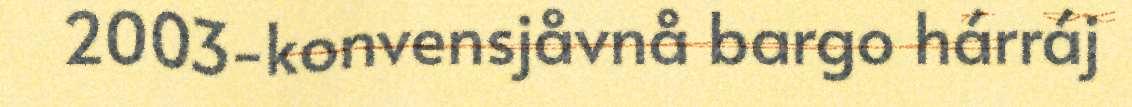
2003-konvensjåvnå bargo hárráj